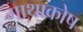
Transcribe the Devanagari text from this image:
गाथाकोष